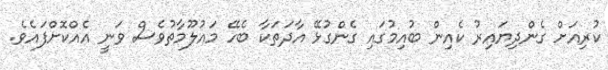
ކުރިއަށް ގެންދިޔައިރު ކެއިން ބުއިމުގައި ގެންގުޅޭ އާދަތަކާ ބެހޭ މައުލޫމާތުވެސް ވަނީ އެއްކޮށްފައެވެ.